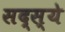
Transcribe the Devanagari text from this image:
सद्स्ये